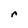
Character: r